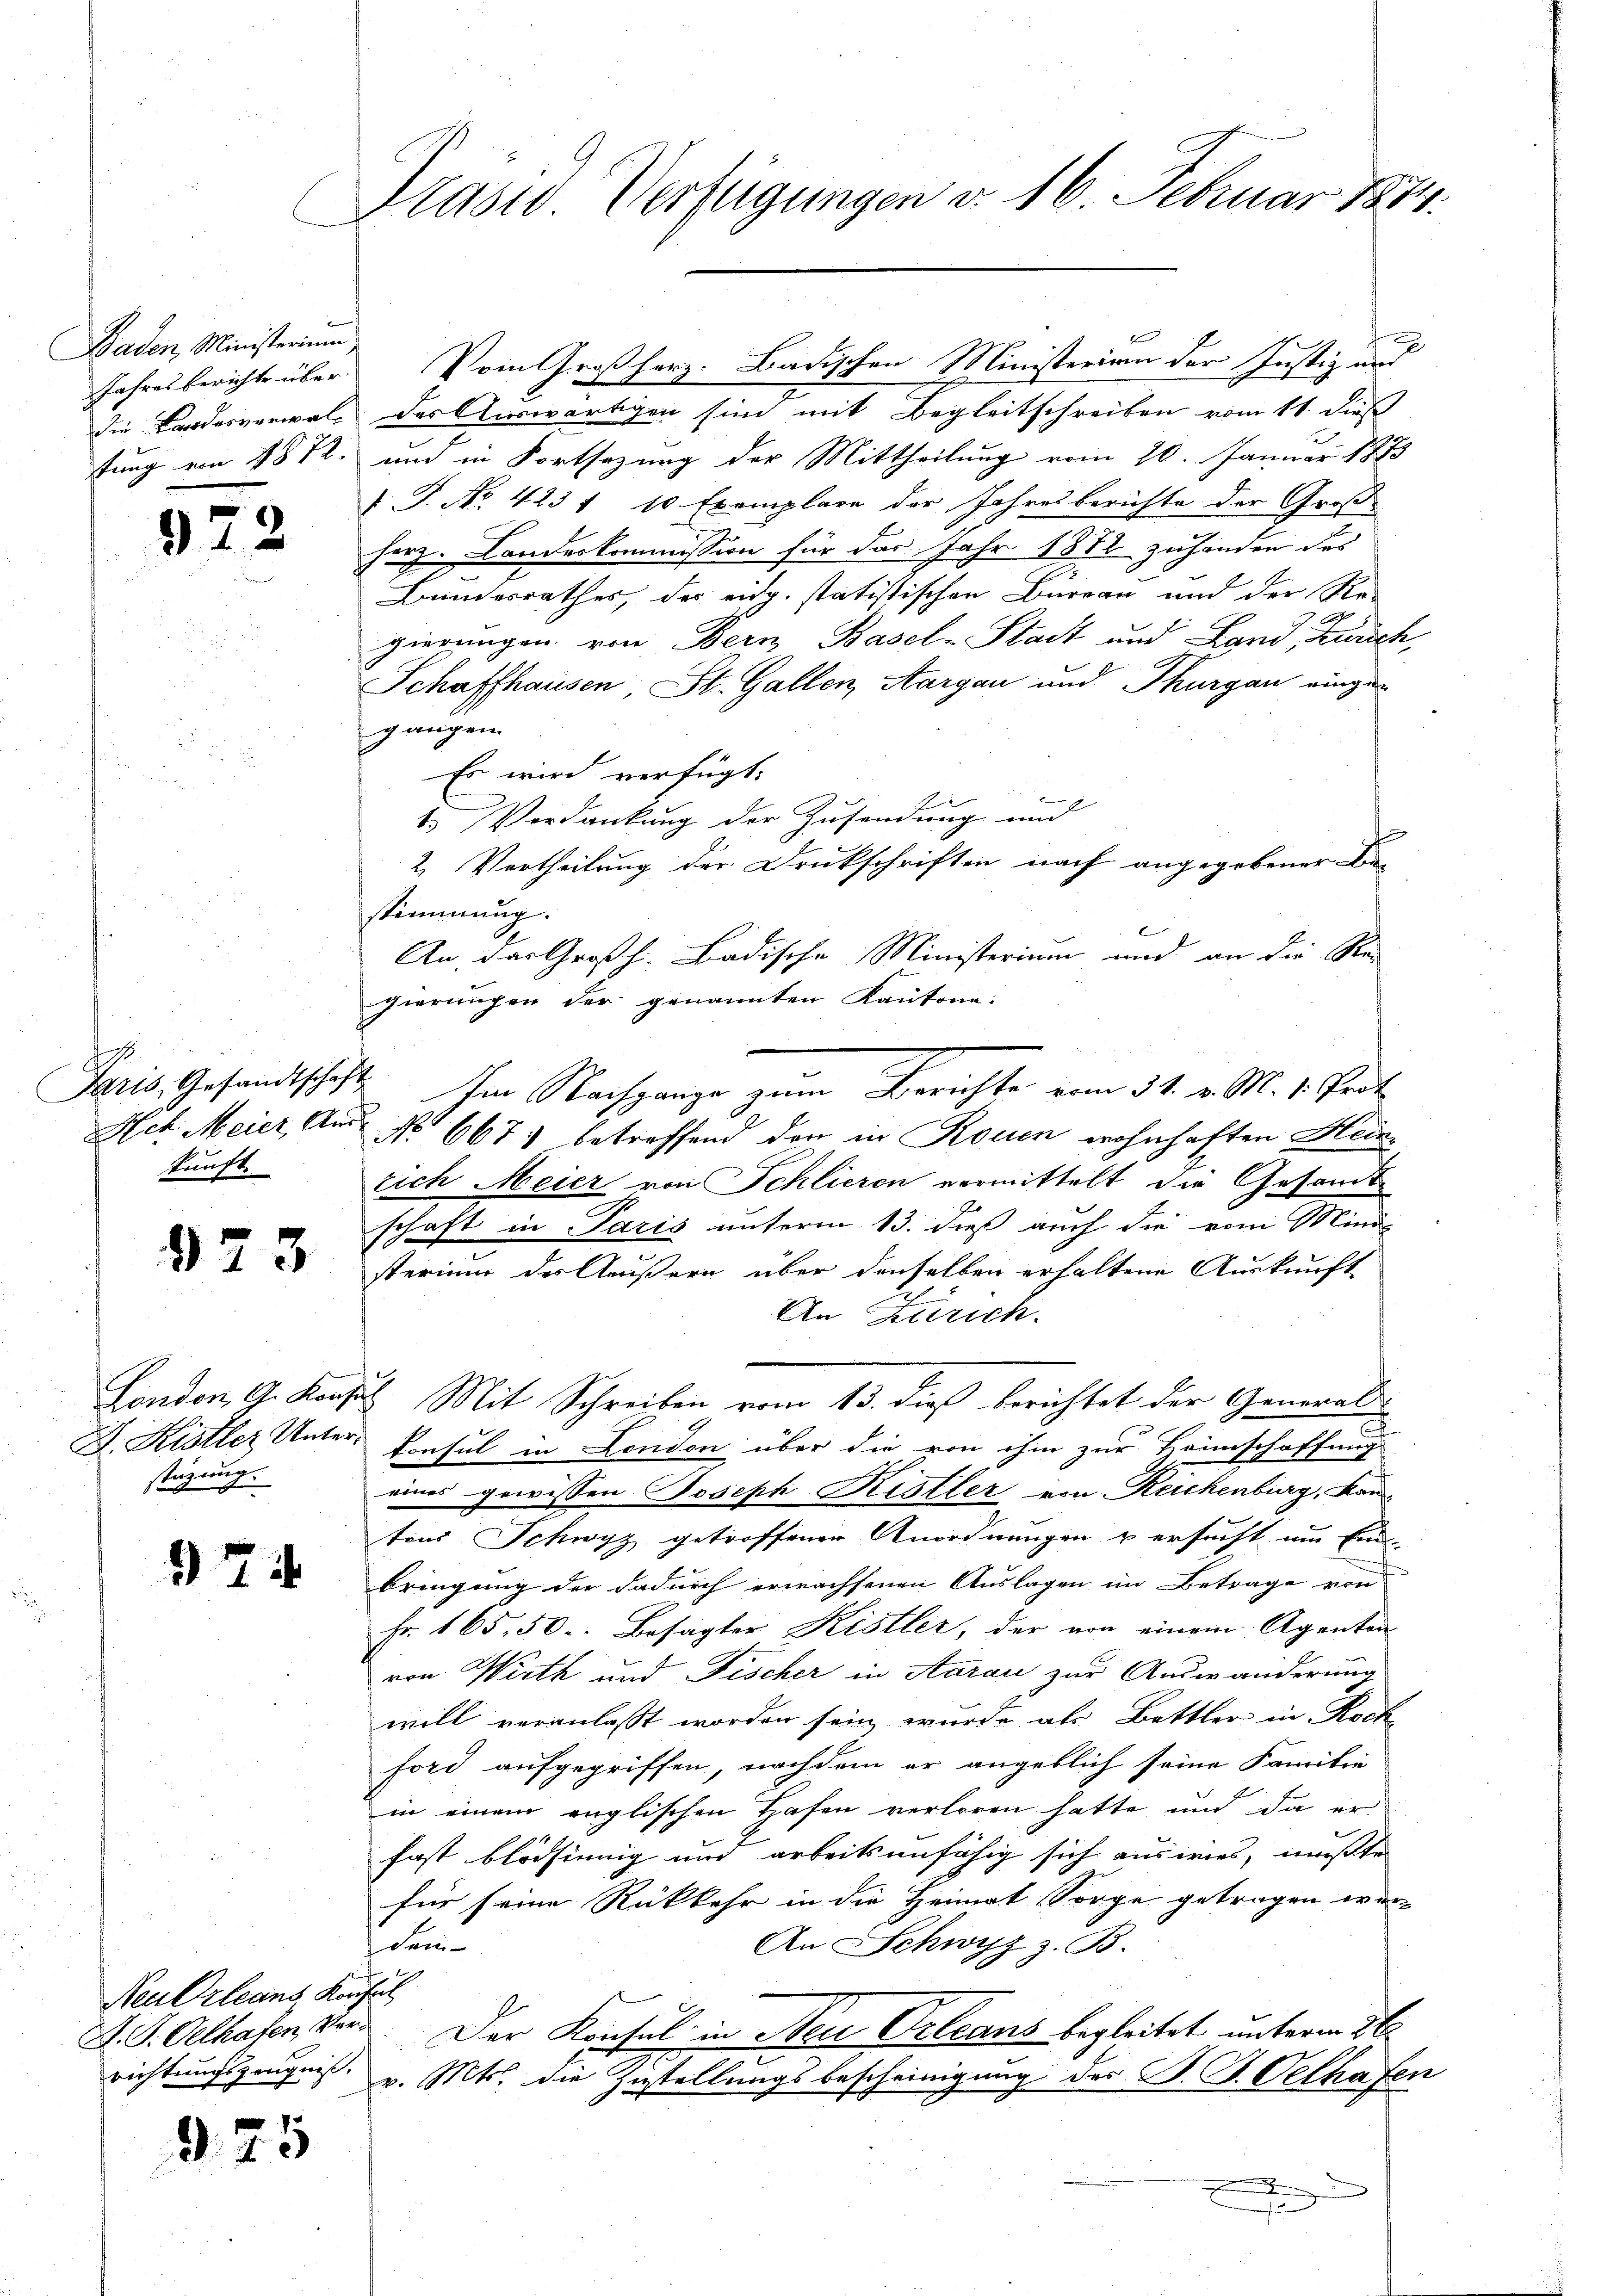
Präsid. Verfügungen d. 16. Febuar 1874.

Baden Ministerium

x
die Landesverwalt des Auswärtigen sind mit Begleitschreiben vom 11. dieß
fung von 1812. und in Fortsezung der Mittheilung vom 20. Januar 1873
 J. No. 423 f 10 Exemplare der Jahresberichte der Groß-
herz. Landeskommission für das Jahr 1872 zuhanden des
Bundesrathes, der eidg. statistischen Bureau und der Re-
gierungen von Bern, Basel-Stadt und Land, Zusch,
Schaffhausen, St. Gallen, Aargau und Thurgau eingegangen
Es wird verfügt:
1.) Verdankung der Zusendung und
2
2. Vertheilung der Druckschriften nach angegebener Be-
stimmung.
6
An, das Großh. Badische Ministerium und an die Rei
gierungen der genannten Kantone:
Hch. Meier, Aus No 667. betreffend den in Rouen wohnhaften Meirich Meier von Schlieren vermittelt die Gesandtschaft in Paris unterm 13. dieß auch die vom Mini-
sterium des Aeußern über denselben erhaltene Auskunft
An Zürich.
London, A. Konses Mit Schreiben vom 13. dieß berichtet der General¬
D. Kister Unter Konsul in London über die von ihm zur Heimschaffung
eines gewissen Joseph Kistler von Reichenburg, Kantons Schwyz getroffener Anordnungen u ersucht um Ein-
bringung der dadurch erwachsenen Auslagen im Betrage von |
Fr. 165, 50. Besagter Kistler, der von einem Agenten
von Wirth und Fischer in Aarau zur Andwänderung
will veranlasst worden sein, wurde als Bettler in Roch
ford aufgegriffen, nachdem er angeblich seine Familie
in einem englischen Hafen verloren hatte und da er
fast blödsinnig und arbeitsunfähig sich auswies, mußte
für seine Rückkehr in die Heimat Sorge getragen wer-
dem
An Schwyz z. B.
D. S. Oetkasen, vor. Der Konsul in Neu Orleans begleitet unterm 26.
richtungszeugnis, v. Mts. die Zustellungsbescheinigung des B. P. Oelhafen

n

Jahresberichte über. Vom Großherz. Badischen Ministerien der Justiz und

92

Paris, Gesandtschaft
kunft.

Im Nachgange zum Berichte vom 31. v. M. v. Prot

973

stüzung.

974

Neu Orleans Kaufsich

975